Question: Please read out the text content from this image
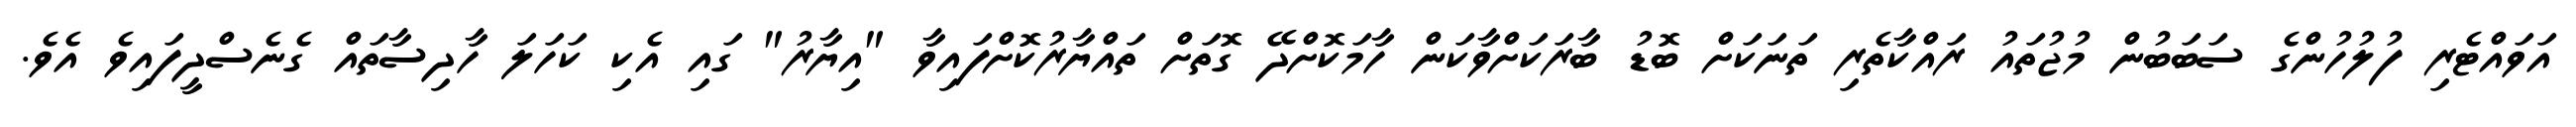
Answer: އަވައްޓެރި ފުލުހުންގެ ސަބަބުން މުޖުތައު ރައްކާތެރި ތަނަކަށް ބޮޑު ބާރަކަށްވާކަން ހާމަކޮށްދޭ ގޮތަށް ތައްޔާރުކޮށްފައިވާ "އިޔާރު" ގައި އެކި ކަހަލަ ހާދިސާތައް ގެނެސްދީފައިވެ އެވެ.